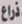
ذراع